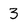
Character: 3